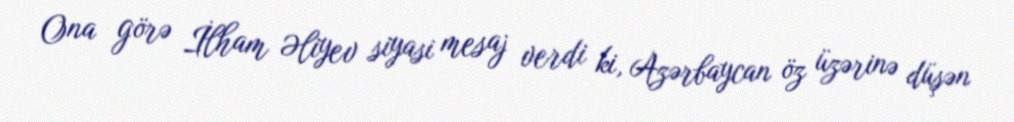
Ona görə İlham Əliyev siyasi mesaj verdi ki, Azərbaycan öz üzərinə düşən